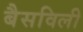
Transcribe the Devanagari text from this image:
बैसविली